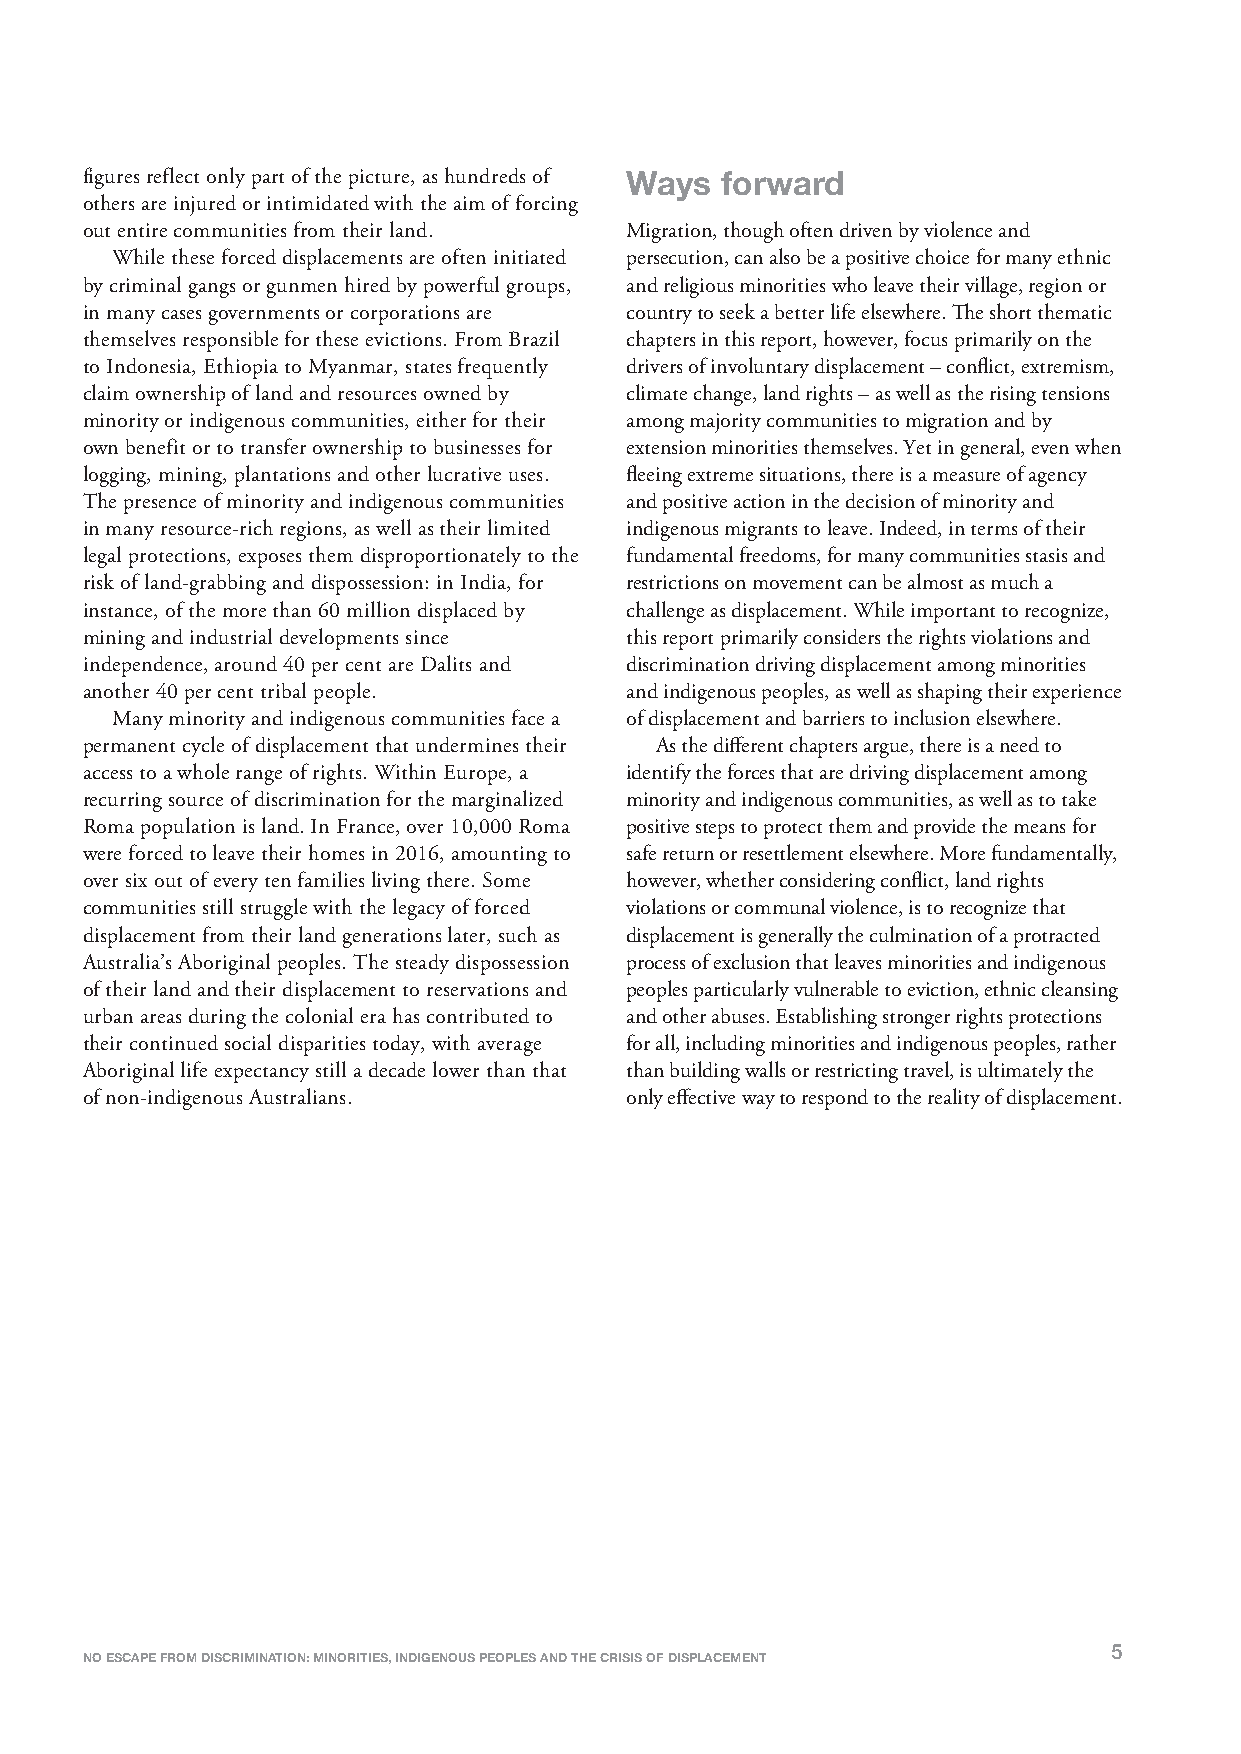
figures reflect only part of the picture, as hundreds of Ways forward
 others are injured or intimidated with the aim of forcing
 out entire communities from their land. Migration, though often driven by violence and
 While these forced displacements are often initiated persecution, can also be a positive choice for many ethnic
 by criminal gangs or gunmen hired by powerful groups, and religious minorities who leave their village, region or
 in many cases governments or corporations are country to seek a better life elsewhere. The short thematic
 themselves responsible for these evictions. From Brazil chapters in this report, however, focus primarily on the
 to Indonesia, Ethiopia to Myanmar, states frequently drivers of involuntary displacement – conflict, extremism,
 claim ownership of land and resources owned by climate change, land rights – as well as the rising tensions
 minority or indigenous communities, either for their among majority communities to migration and by
 own benefit or to transfer ownership to businesses for extension minorities themselves. Yet in general, even when
 logging, mining, plantations and other lucrative uses. fleeing extreme situations, there is a measure of agency
 The presence of minority and indigenous communities and positive action in the decision of minority and
 in many resource-rich regions, as well as their limited indigenous migrants to leave. Indeed, in terms of their
 legal protections, exposes them disproportionately to the fundamental freedoms, for many communities stasis and
 risk of land-grabbing and dispossession: in India, for restrictions on movement can be almost as much a
 instance, of the more than 60 million displaced by challenge as displacement. While important to recognize,
 mining and industrial developments since this report primarily considers the rights violations and
 independence, around 40 per cent are Dalits and discrimination driving displacement among minorities
 another 40 per cent tribal people.  and indigenous peoples, as well as shaping their experience
 Many minority and indigenous communities face a of displacement and barriers to inclusion elsewhere.
 permanent cycle of displacement that undermines their As the different chapters argue, there is a need to
 access to a whole range of rights. Within Europe, a identify the forces that are driving displacement among
 recurring source of discrimination for the marginalized minority and indigenous communities, as well as to take
 Roma population is land. In France, over 10,000 Roma positive steps to protect them and provide the means for
 were forced to leave their homes in 2016, amounting to safe return or resettlement elsewhere. More fundamentally,
 over six out of every ten families living there. Some however, whether considering conflict, land rights
 communities still struggle with the legacy of forced violations or communal violence, is to recognize that
 displacement from their land generations later, such as displacement is generally the culmination of a protracted
 Australia’s Aboriginal peoples. The steady dispossession process of exclusion that leaves minorities and indigenous
 of their land and their displacement to reservations and peoples particularly vulnerable to eviction, ethnic cleansing
 urban areas during the colonial era has contributed to and other abuses. Establishing stronger rights protections
 their continued social disparities today, with average for all, including minorities and indigenous peoples, rather
 Aboriginal life expectancy still a decade lower than that than building walls or restricting travel, is ultimately the
 of non-indigenous Australians.      only effective way to respond to the reality of displacement.
 5
 NO ESCAPE FROM DISCRIMINATION: MINORITIES, INDIGENOUS PEOPLES AND THE CRISIS OF DISPLACEMENT